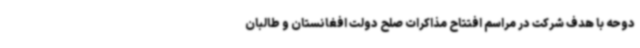
دوحه با هدف شرکت در مراسم افتتاح مذاکرات صلح دولت افغانستان و طالبان